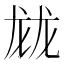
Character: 𱍂